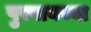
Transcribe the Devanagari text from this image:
पुरवायच्या